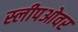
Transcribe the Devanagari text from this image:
स्लीपओवर